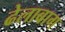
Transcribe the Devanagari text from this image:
ढेलाबाग